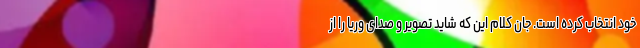
خود انتخاب کرده است. جان کلام این که شاید تصویر و صدای وریا را از